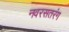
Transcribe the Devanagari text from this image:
नवरसतरंग